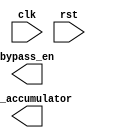
module ctrl #(
    parameter IN_WIDTH = 8,
    parameter OUT_WIDTH = 16,
    parameter ARRAY_SIZE = 4,
    parameter MULT_LAT = 1,
    parameter ACC_LAT = 1
)(
    input clk,
    input rst,
    output [ARRAY_SIZE-1:0]bypass_en,
    output [ARRAY_SIZE-1:0]rst_accumulator
);

    wire comparator_out;

    reg [IN_WIDTH-1:0] counter;
    // 1st mac accumulator rst delay 
    reg [MULT_LAT-1:0]rst_accumulator_reg_0; //why -1? the pass from comparator to rst_accumulator_reg_0 is 1 clock cycle
    reg [ARRAY_SIZE-2:0]rst_accumulator_reg_1_to_rest;


    //conifgure conuter
    always @(posedge clk) begin
        if (rst) begin
            counter <= 0;
        end
        else if (counter == ARRAY_SIZE-1) begin
            counter <= 0;
        end
        else begin
            counter <= counter + 1;
        end
    end

    // making sure full array cycles is went through for the 1st run after reset
    assign comparator_out = (counter == 1);

    //TODO: rst accumulator logic

    
    //TODO: consider multiplier latency


    //TODO: rst for different columns


    //TODO: by pass logic 1 cycle before ~rst_accumulator

endmodule